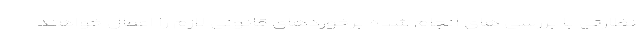
نظارتی با بررسی های انجام شده برخوردهای قانونی لازم را اعمال خواهند